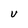
Character: V